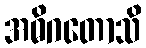
အဓိဂတောသိ